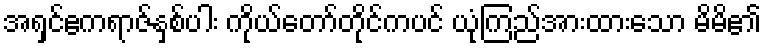
အရှင်ဧကရာဇ်နှစ်ပါး ကိုယ်တော်တိုင်ကပင် ယုံကြည်အားထားသော မိမိ၏